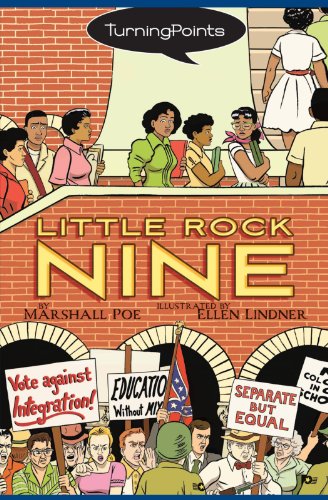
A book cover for Little Rock Nine (Turning Points); Marshall Poe; Children's Books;